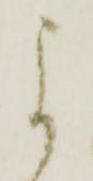
よ